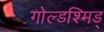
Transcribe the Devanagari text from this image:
गोल्डश्मिड्